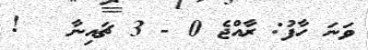
ވަނަ ހާފު: ރާއްޖެ 0 - 3 ޗައިނާ   !